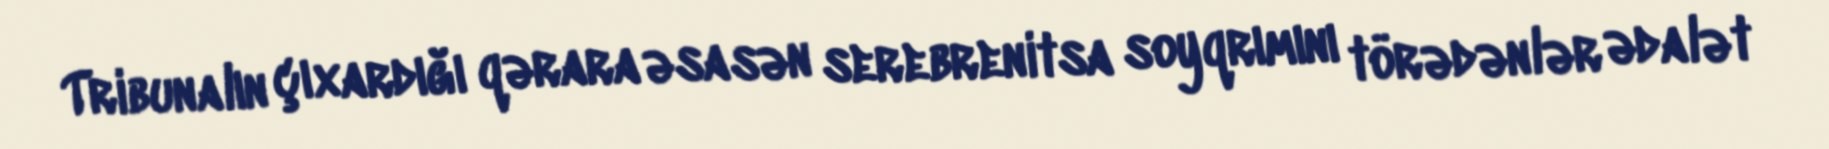
Tribunalın çıxardığı qərara əsasən serebrenitsa soyqrımını törədənlər ədalət